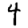
Digit: 4